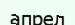
апрел